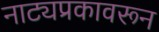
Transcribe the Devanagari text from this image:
नाट्यप्रकावरून